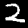
Digit: 2